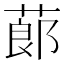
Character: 蓈